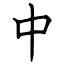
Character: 中